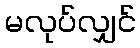
မလုပ်လျှင်